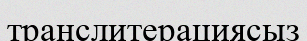
транслитерациясыз